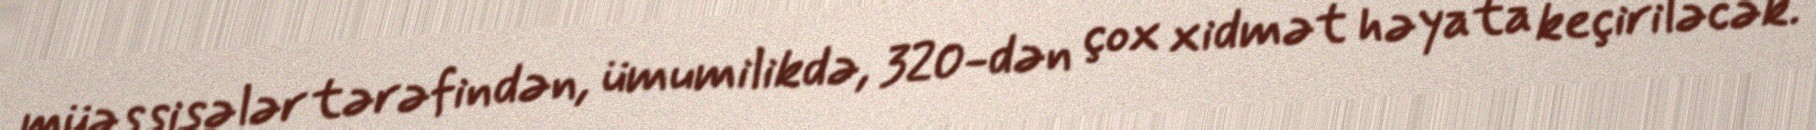
müəssisələr tərəfindən, ümumilikdə, 320-dən çox xidmət həyata keçiriləcək.